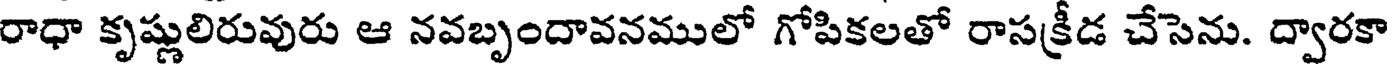
రాధా కృష్ణులిరువురు ఆ నవబృందావనములో గోపికలతో రాసక్రీడ చేసెను. ద్వారకా